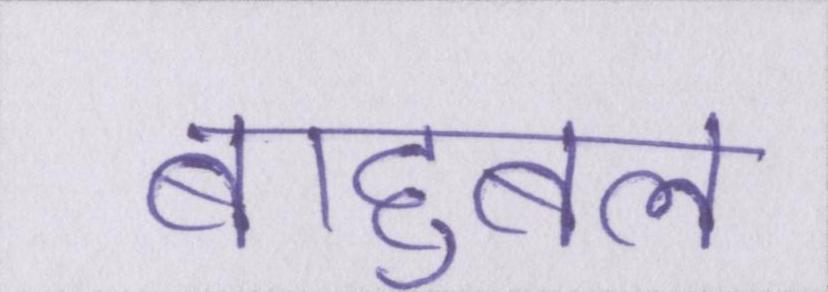
बाहुबल